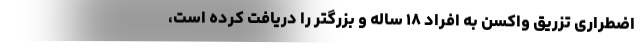
اضطراری تزریق واکسن به افراد ۱۸ ساله و بزرگتر را دریافت کرده است،